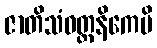
ဇာတိသံဝတ္တနိကေပိ